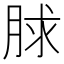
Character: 脙